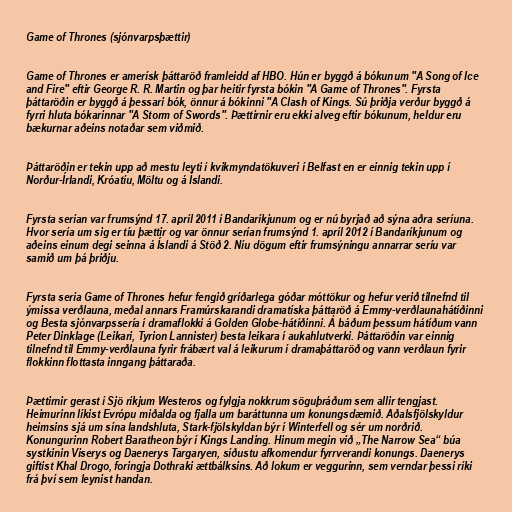
Game of Thrones (sjónvarpsþættir)

Game of Thrones er amerísk þáttaröð framleidd af HBO. Hún er byggð á bókunum "A Song of Ice
and Fire" eftir George R. R. Martin og þar heitir fyrsta bókin "A Game of Thrones". Fyrsta
þáttaröðin er byggð á þessari bók, önnur á bókinni "A Clash of Kings. Sú þriðja verður byggð á
fyrri hluta bókarinnar "A Storm of Swords". Þættirnir eru ekki alveg eftir bókunum, heldur eru
bækurnar aðeins notaðar sem viðmið.

Þáttaröðin er tekin upp að mestu leyti í kvikmyndatökuveri í Belfast en er einnig tekin upp í
Norður-Írlandi, Króatíu, Möltu og á Íslandi.

Fyrsta serían var frumsýnd 17. apríl 2011 í Bandaríkjunum og er nú byrjað að sýna aðra seríuna.
Hvor sería um sig er tíu þættir og var önnur serían frumsýnd 1. apríl 2012 í Bandaríkjunum og
aðeins einum degi seinna á Íslandi á Stöð 2. Níu dögum eftir frumsýningu annarrar seríu var
samið um þá þriðju.

Fyrsta sería Game of Thrones hefur fengið gríðarlega góðar móttökur og hefur verið tilnefnd til
ýmissa verðlauna, meðal annars Framúrskarandi dramatíska þáttaröð á Emmy-verðlaunahátíðinni
og Besta sjónvarpssería í dramaflokki á Golden Globe-hátíðinni. Á báðum þessum hátíðum vann
Peter Dinklage (Leikari, Tyrion Lannister) besta leikara í aukahlutverki. Þáttaröðin var einnig
tilnefnd til Emmy-verðlauna fyrir frábært val á leikurum í dramaþáttaröð og vann verðlaun fyrir
flokkinn flottasta inngang þáttaraða.

Þættirnir gerast í Sjö ríkjum Westeros og fylgja nokkrum söguþráðum sem allir tengjast.
Heimurinn líkist Evrópu miðalda og fjalla um baráttunna um konungsdæmið. Aðalsfjölskyldur
heimsins sjá um sína landshluta, Stark-fjölskyldan býr í Winterfell og sér um norðrið.
Konungurinn Robert Baratheon býr í Kings Landing. Hinum megin við „The Narrow Sea“ búa
systkinin Viserys og Daenerys Targaryen, síðustu afkomendur fyrrverandi konungs. Daenerys
giftist Khal Drogo, foringja Dothraki ættbálksins. Að lokum er veggurinn, sem verndar þessi ríki
frá því sem leynist handan.